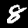
Label: 8